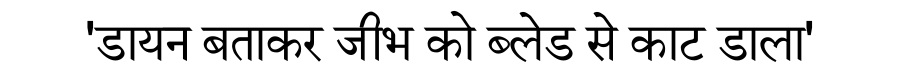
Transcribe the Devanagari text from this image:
'डायन बताकर जीभ को ब्लेड से काट डाला'